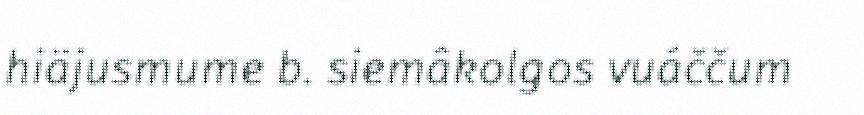
hiäjusmume b. siemâkolgos vuáččum